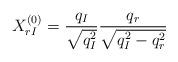
LaTeX: \begin{align*}X^{(0)}_{rI}=\frac{q_I}{\sqrt{q_I^2}}\frac{q_r}{\sqrt{q^2_I-q^2_r}}\end{align*}